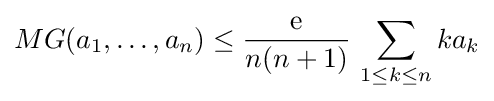
MG(a_{1},\dots ,a_{n})\leq {\frac {\mathrm {e} }{n(n+1)}}\,\sum _{1\leq k\leq n}ka_{k}